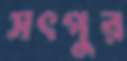
সৎপুর